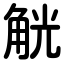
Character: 觥